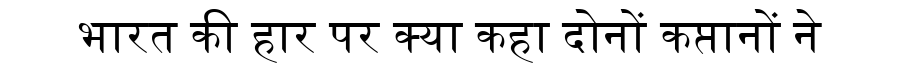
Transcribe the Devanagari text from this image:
भारत की हार पर क्या कहा दोनों कप्तानों ने